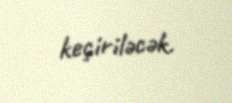
keçiriləcək.